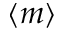
\langle m \rangle